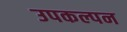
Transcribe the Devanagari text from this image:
उपकल्पन